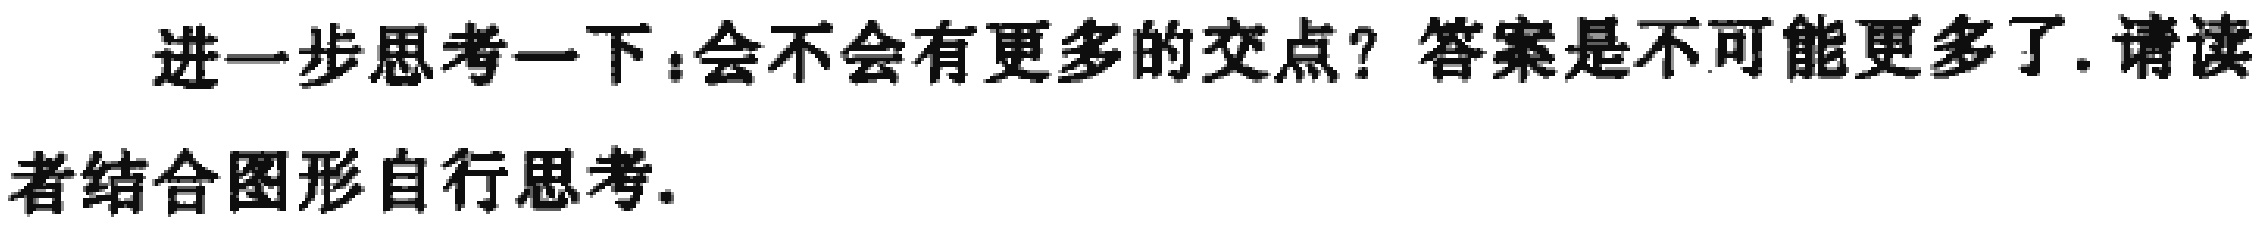
进一步思考一下：会不会有更多的交点？答案是不可能更多了. 请读者结合图形自行思考.